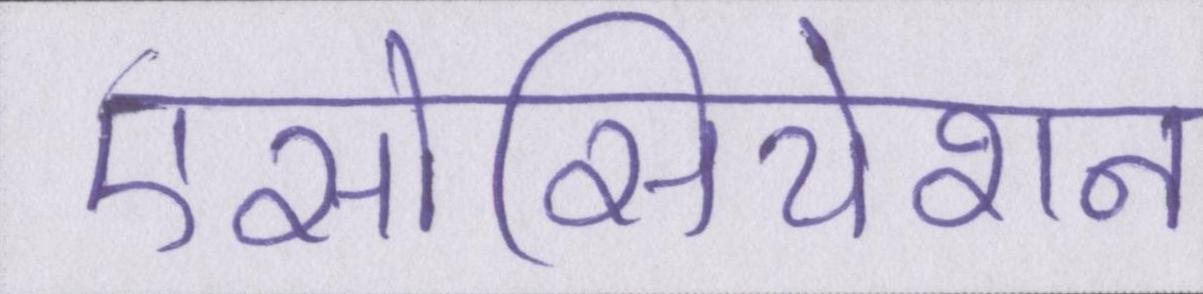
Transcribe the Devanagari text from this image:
एसोसियेशन